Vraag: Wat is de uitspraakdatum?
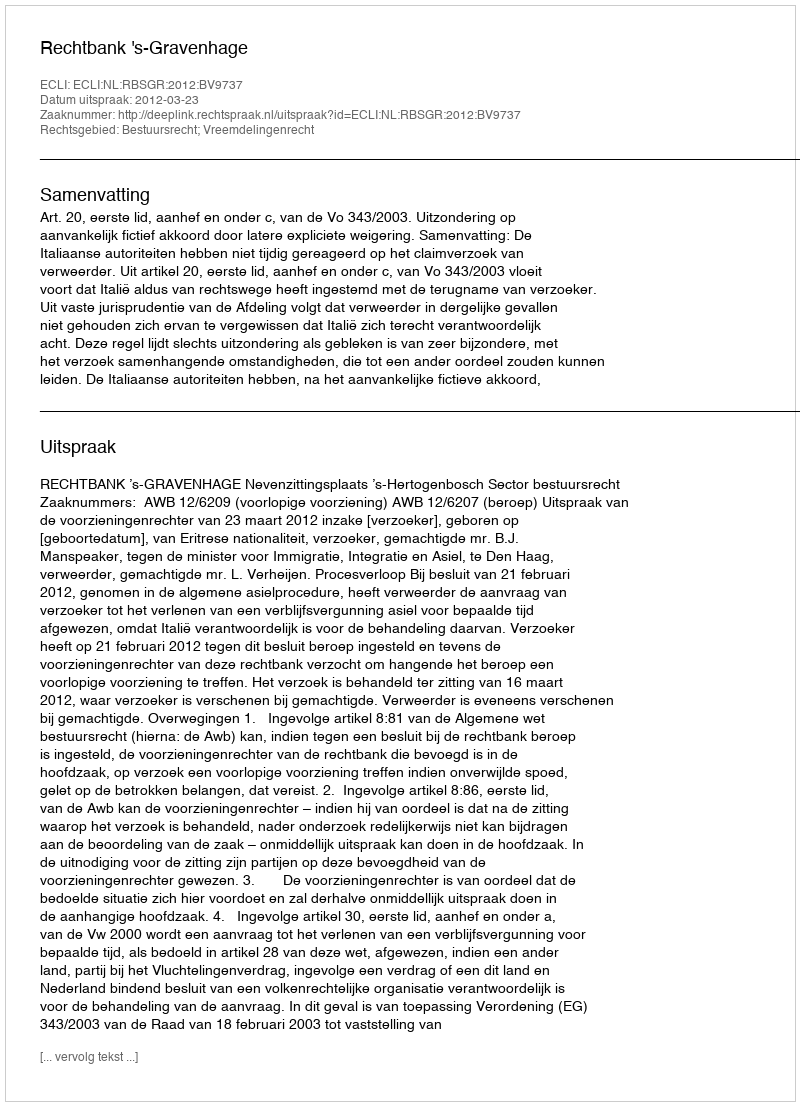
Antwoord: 2012-03-23